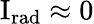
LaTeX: \mathrm{{I}}_{\mathrm{{rad}}}\approx 0